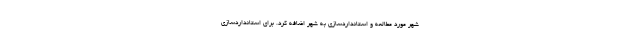
شهر مورد مطالعه و استانداردسازی به شهر اضافه کرد. برای استانداردسازی